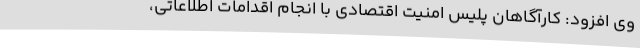
وی افزود: کارآگاهان پلیس امنیت اقتصادی با انجام اقدامات اطلاعاتی،